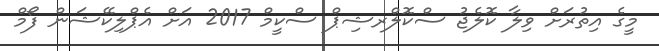
މީގެ އިތުރަށް ވިލާ ކޮލެޖު ސްކޮލްރޝިޕް ސްކީމް 2017 އަށް އެޕްލިކޭޝަން ފޯމް